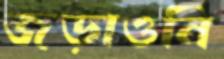
জড়াওনি